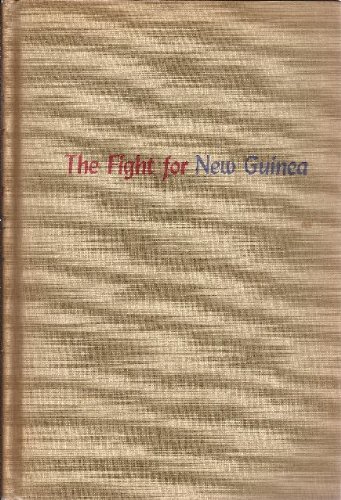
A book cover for The Fight for New Guinea: General Douglas MacArthur's first offensive; Patrick J Robinson; History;